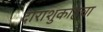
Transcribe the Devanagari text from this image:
दाराशुकोहचा